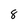
Character: 8